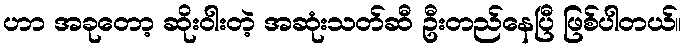
ဟာ အခုတော့ ဆိုးဝါးတဲ့ အဆုံးသတ်ဆီ ဦးတည်နေပြီ ဖြစ်ပါတယ်။